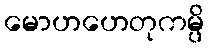
မောဟဟေတုကမ္ပိ